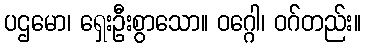
ပဌမော၊ ရှေးဦးစွာသော။ ဝဂ္ဂေါ၊ ဝဂ်တည်း။